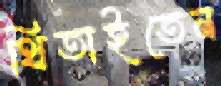
থিতাইতেন